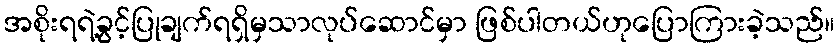
အစိုးရရဲ့ခွင့်ပြုချက်ရရှိမှသာလုပ်ဆောင်မှာ ဖြစ်ပါတယ်ဟုပြောကြားခဲ့သည်။